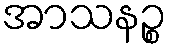
အာသနဉ္စ